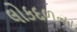
લોકદળના